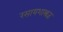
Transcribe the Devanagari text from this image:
रसायशास्त्रज्ञ